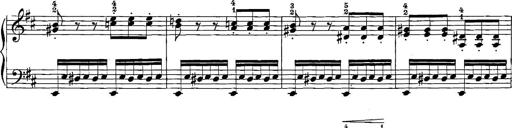
Title: 12 Sonatinas
Composer: Ignaz Pleyel